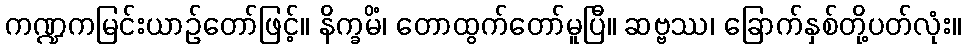
ကဏ္ဍကမြင်းယာဉ်တော်ဖြင့်။ နိက္ခမိံ၊ တောထွက်တော်မူပြီ။ ဆဗ္ဗဿ၊ ခြောက်နှစ်တို့ပတ်လုံး။